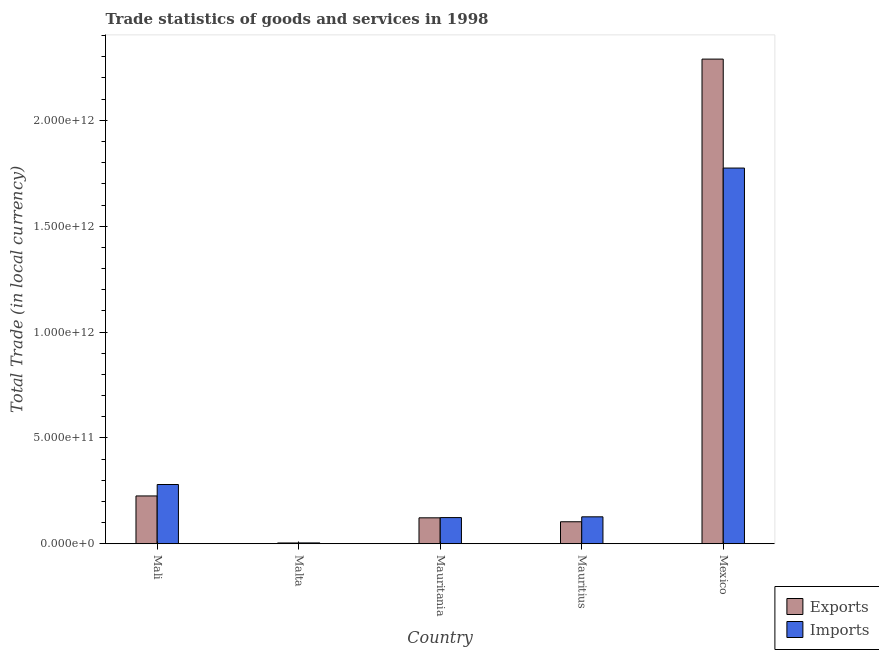
| Country | Exports | Imports |
 | --- | --- | --- |
 | Mali | 2.26e+11 | 2.8e+11 |
 | Malta | 3.67e+09 | 3.91e+09 |
 | Mauritania | 1.22e+11 | 1.24e+11 |
 | Mauritius | 1.04e+11 | 1.27e+11 |
 | Mexico | 2.29e+12 | 1.77e+12 |